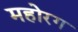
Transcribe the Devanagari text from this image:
महोरग